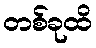
တစ်ခုထိ